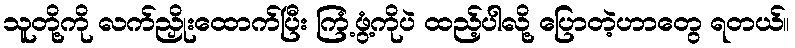
သူတို့ကို လက်ညှိုးထောက်ပြီး ကြံ့ဖွံ့ကိုပဲ ထည့်ပါလို့ ပြောတဲ့ဟာတွေ ရတယ်။